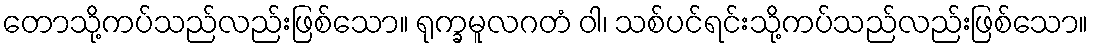
တောသို့ကပ်သည်လည်းဖြစ်သော။ ရုက္ခမူလဂတံ ဝါ၊ သစ်ပင်ရင်းသို့ကပ်သည်လည်းဖြစ်သော။